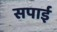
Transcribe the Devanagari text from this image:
सपाई